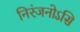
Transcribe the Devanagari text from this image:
निरंजनोऽसि